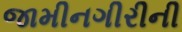
જામીનગીરીની